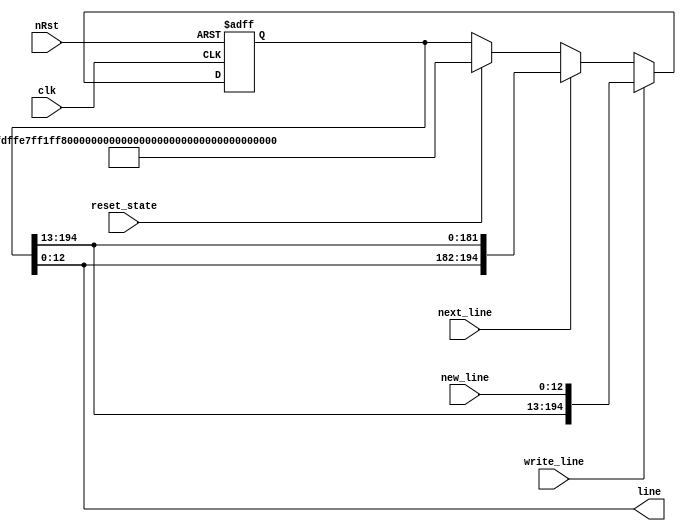
`timescale 1ns / 1ps
//////////////////////////////////////////////////////////////////////////////////
// Company: 
// Engineer: 
// 
// Design Name: 
// Module Name: block_state
// Project Name: 
// Target Devices: 
// Tool Versions: 
// Description: 
// 
// Dependencies: 
// 
// Revision:
// Revision 0.01 - File Created
// Additional Comments:
// 
//////////////////////////////////////////////////////////////////////////////////


module p09_block_state #(
    parameter NUM_ROWS = 15
)(
    input clk,
    input nRst,
    output [12:0] line,
    input [12:0] new_line,
    input write_line,
    input next_line,
    input reset_state
);

    localparam STATE_WIDTH = NUM_ROWS * 13;

    localparam INITIAL_STATE = {
        13'b1111111111111,
        13'b0111111111111,
        13'b0011111111111,
        13'b0001111111111,
        13'b0000111111111,
        13'b0000011111111,
        13'b0000001111111,
        13'b0000000111111,
        13'b0000000011111,
        13'b0000000001111,
        13'b0000000000111,
        13'b0000000000011,
        13'b0000000000001,
        13'b0000000000000,
        13'b0000000000000
    };

    reg [STATE_WIDTH-1:0] state;
    always @(posedge clk or negedge nRst)
    begin
        if (!nRst) begin
            state <= INITIAL_STATE;
        end else begin
            if (reset_state) begin
                state <= INITIAL_STATE;
            end if (write_line) begin
                state <= {state[STATE_WIDTH - 1:13], new_line};
            end else if (next_line) begin
                state <= {state[12:0], state[STATE_WIDTH - 1:13]};
            end
        end
    end

    assign line = state[12:0];
endmodule